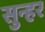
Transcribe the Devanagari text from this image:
सुन्हर